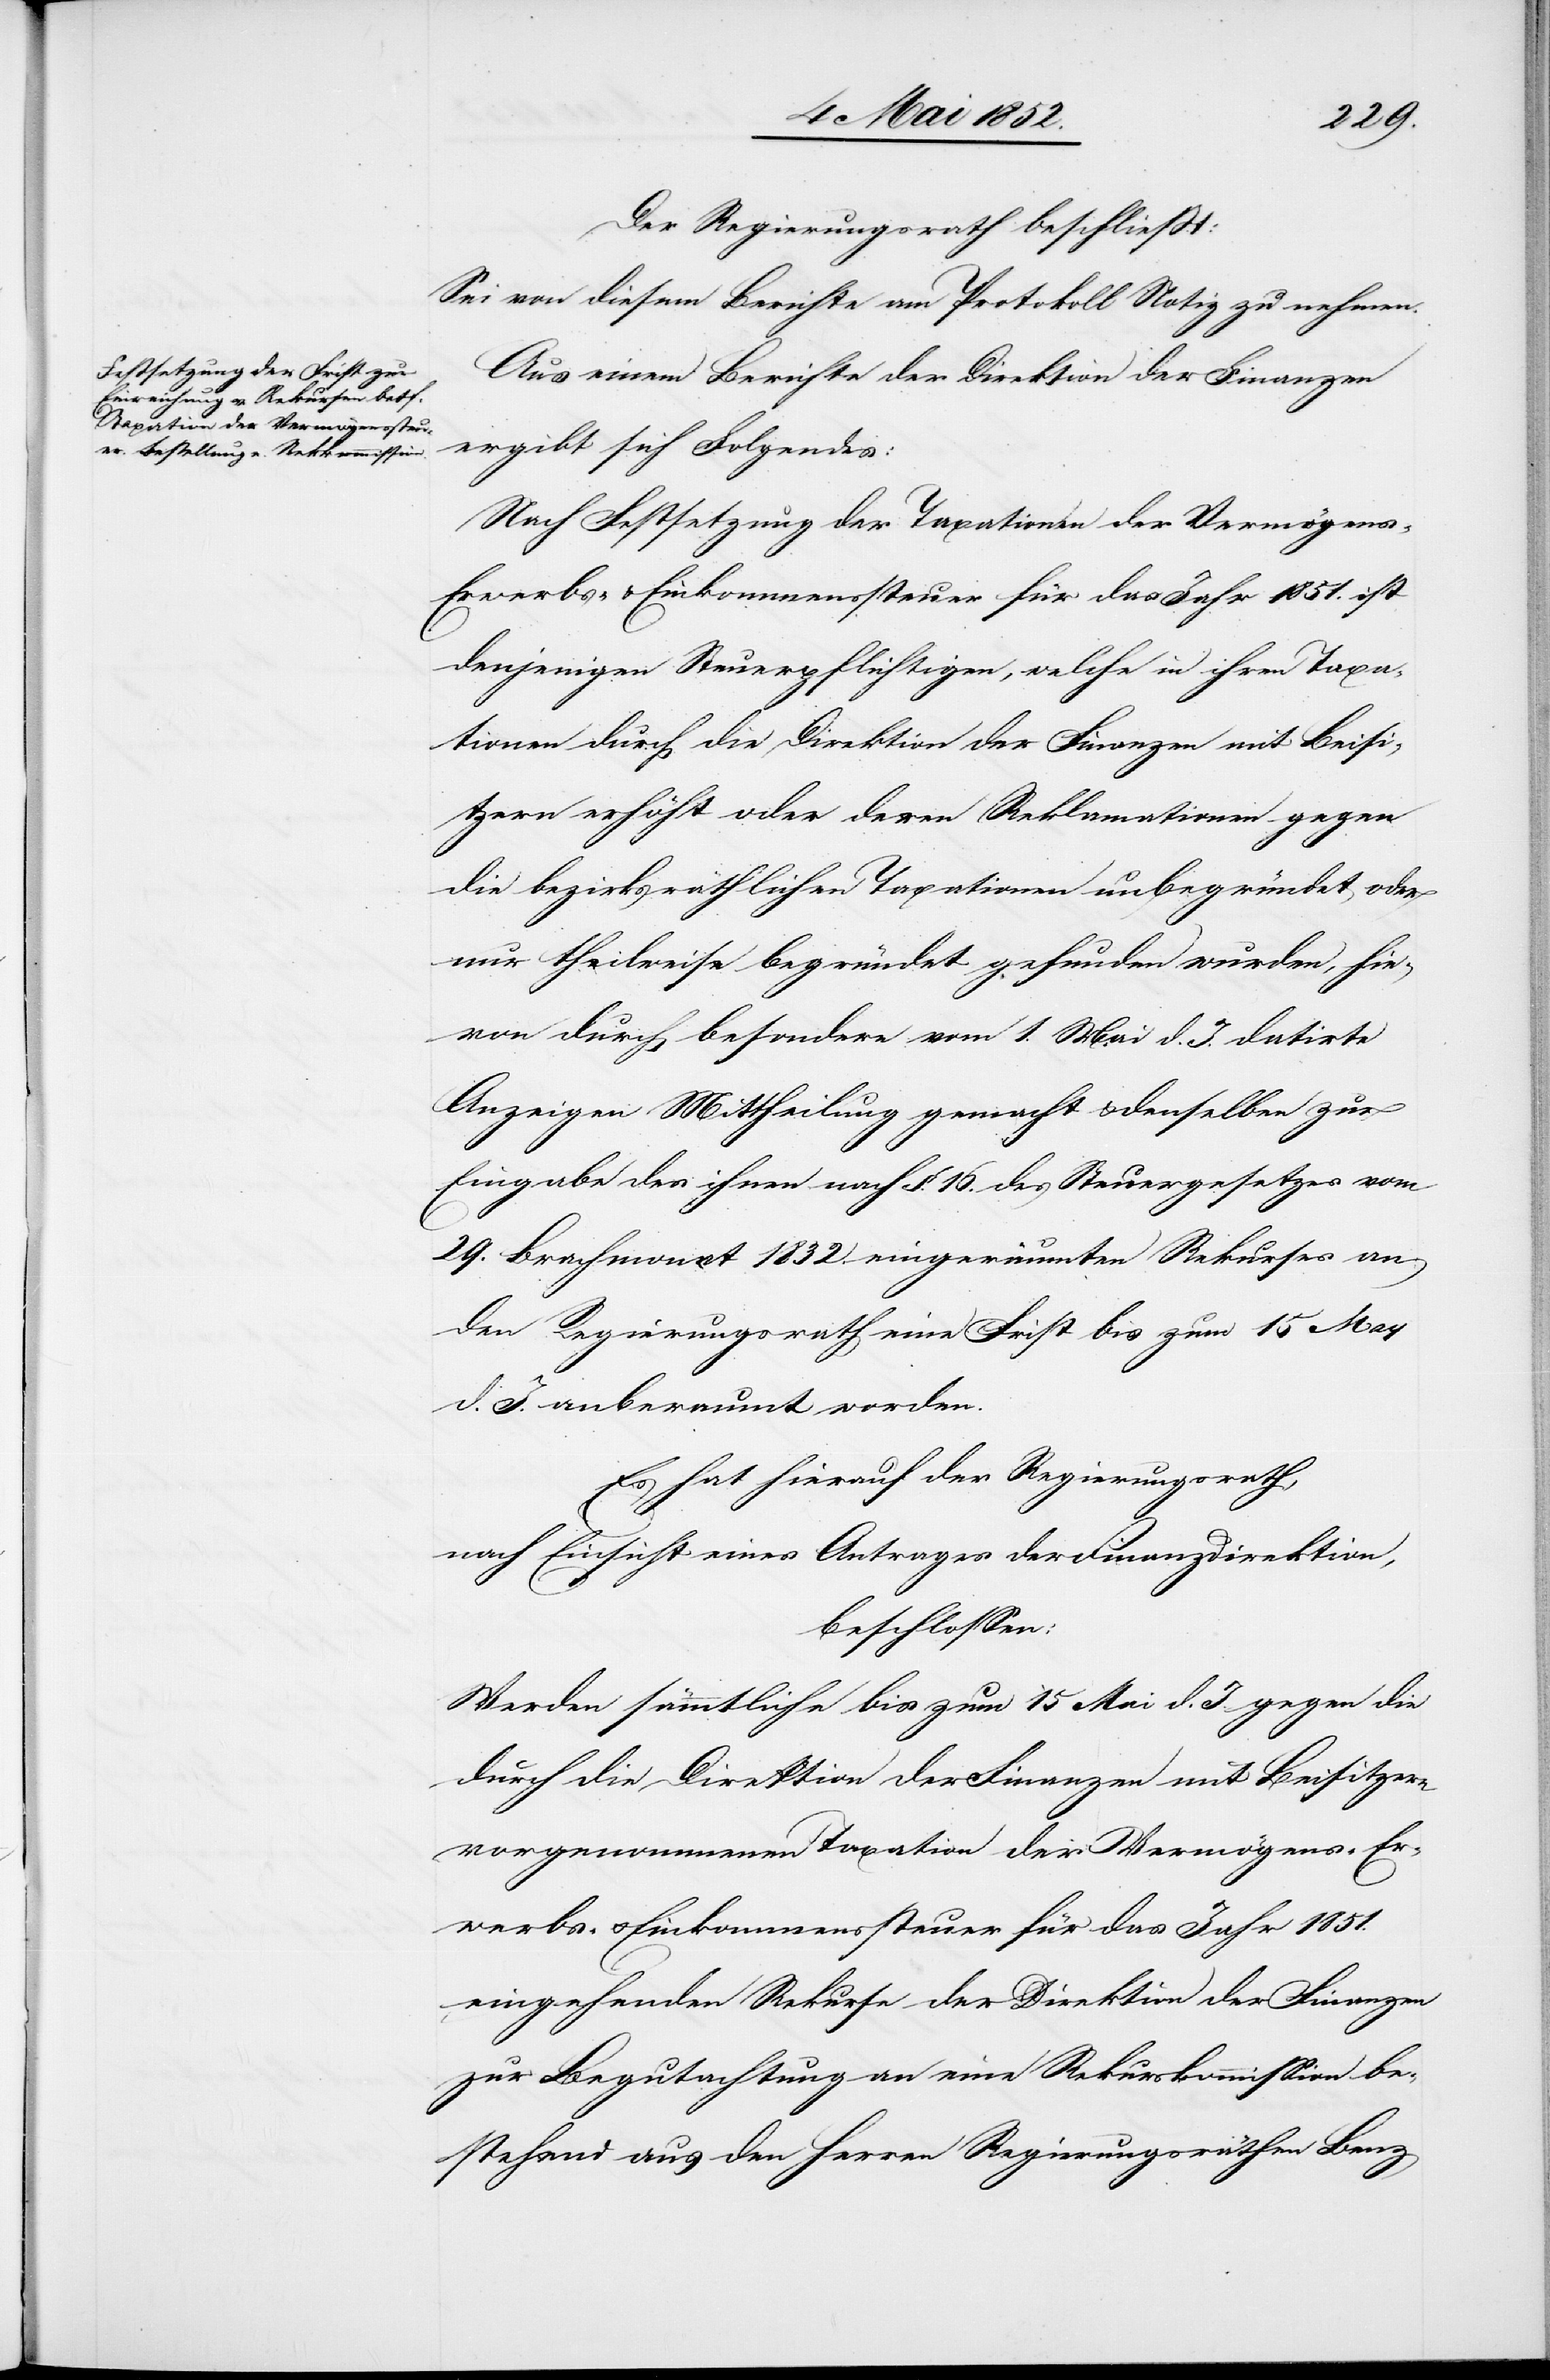
Der Regierungsrath beschliesst:
Sei von diesem Berichte am Protokoll Notiz zu nehmen.
Aus einem Berichte der Direktion der Finanzen
ergibt sich Folgendes:
Nach Festsetzung der Taxationen der Vermögens-[,]
Erwerbs- & Einkommenssteuer für das Jahr 1851. ist
denjenigen Steuerpflichtigen, welche in ihren Taxa¬
tionen durch die Direktion der Finanzen mit Beisi¬
tzern erhöht oder deren Reklamationen gegen
die bezirksräthlichen Taxationen unbegründet oder
nur theilweise begründet gefunden wurden, hie¬
von durch besondere vom 1. Mai d. J. datirte
Anzeigen Mittheilung gemacht & denselben zur
Eingabe des ihnen nach §. 16. des Steuergesetzes vom
29. Brachmonat 1832. eingeräumten Rekurses an
den Regierungsrath eine Frist bis zum 15 May
d. J. anberaumt worden.
Es hat hierauf der Regierungsrath,
nach Einsicht eines Antrages der Finanzdirektion,
beschlossen:
Werden sämmtliche bis zum 15 Mai d. J. gegen die
durch die Direktion der Finanzen mit Beisitzern
vorgenommenen Taxation der Vermögens-[,] Er¬
werbs- & Einkommenssteuer für das Jahr 1851.
eingehenden Rekurse der Direktion der Finanzen
zur Begutachtung an eine Rekurskommission be¬
stehend aus den Herren Regierungsräthen Benz